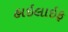
હાઇલાઇફ